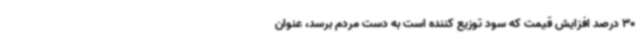
30 درصد افزایش قیمت که سود توزیع کننده است به دست مردم برسد، عنوان